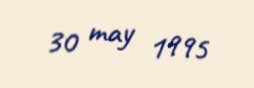
30 may 1995